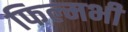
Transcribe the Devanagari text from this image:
फिल्मभी